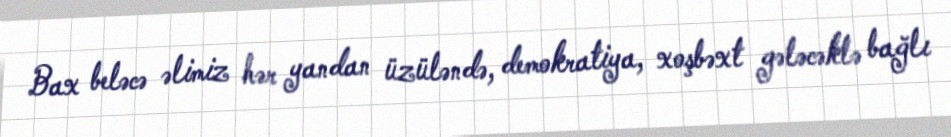
Bax beləcə əlimiz hər yandan üzüləndə, demokratiya, xoşbəxt gələcəklə bağlı